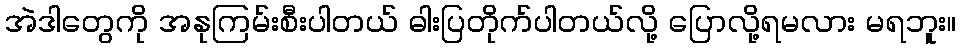
အဲဒါတွေကို အနုကြမ်းစီးပါတယ် ဓါးပြတိုက်ပါတယ်လို့ ပြောလို့ရမလား မရဘူး။